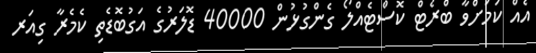
އެއް ކަމަށްވާ ބްރެޓް ކޮސްޓެއްލޯ ގެންގުޅުން 40000 ޑޮލަރުގެ އަގުބޮޑެތި ކެމެރާ ގިއަރ